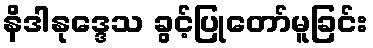
နိဒါနုဒ္ဒေသ ခွင့်ပြုတော်မူခြင်း